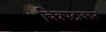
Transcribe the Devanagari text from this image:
चित्रपटावरुन